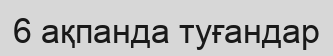
6 ақпанда туғандар